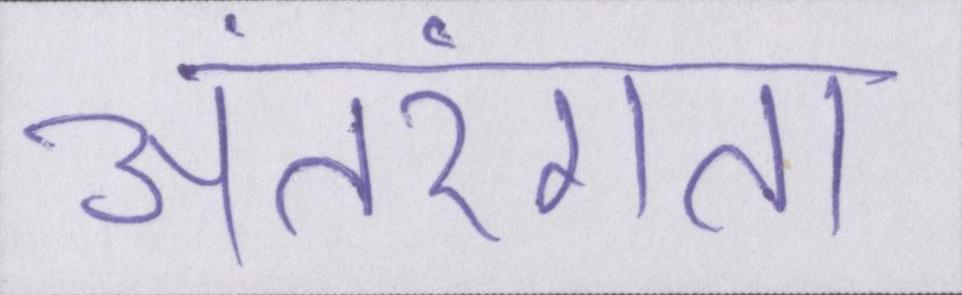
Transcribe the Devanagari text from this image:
अंतरंगता